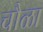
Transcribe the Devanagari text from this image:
चौळा